Report on the cholera epidemic of
Year: 1868
Disease focus: Cholera
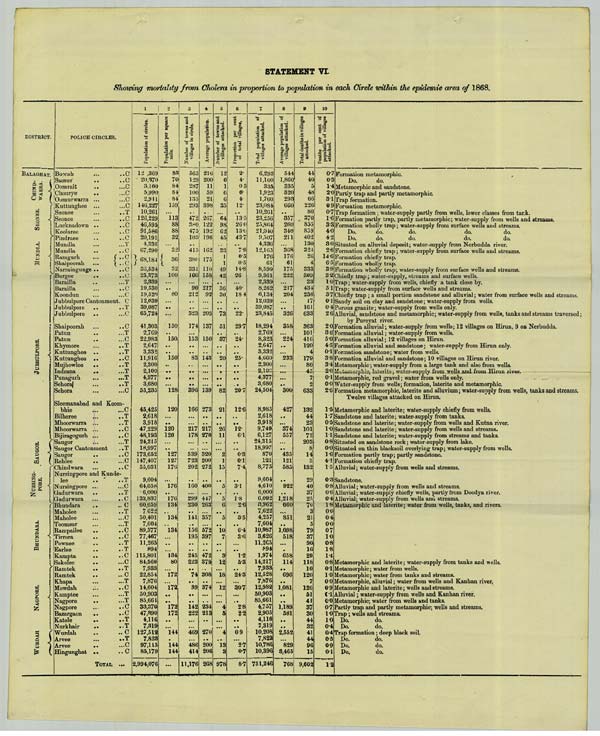
STATEMENT VI.
Showing mortality from Cholera in proportion to population in each Circle within the epidemic area of 1868.
DISTRICT.
BALAGHAT.
CHINDWARRA.
JUBBULOPORE.
POLICE CIRCLES.
Boorah
C
Saosur
C
Oomrait
C
Chourye
C
Oomurwarra
C
Kuttunghee
C
Seonee
T
SEONEE. Seonee
C
Lucknadown
C
Keolaree
C
Pindraee
C
Mundla
T
MUNDLA. Mundla
C
Ramgurh
C
Shaipoorah
C
Narraingunge
C
Burgee
C
Barailla
T
Barailla
C
Koondun C
Jubbulpore Cantonment C
Jubbulpore
T
Jubbulpore
C
Shaipoorah
C
Patun
T
Patun
C
Khymore
T
Kuttunghee
T
Kuttunghee
C
Mujhowlee
T
Indrana
T
Punagurh
T
Sehora
T
Sehora
C
Sleemanabad and Koombhie
C
Bilheree
T
Mhoorwarra
T
Mhoorwarra
C
Bijiragogurh
C
Saugor
T
Saugor Cantonment
T
SAUGOR. Saugor
C
Rehlee
C
Chindwara
C
Nursingpore and Kundelee
T
NURSINGPORE. Nursingpore
C
Gadurwara
T
Gadurwara
C
Bhundara
C
Maholee
T
Maholee
C
Toomsur
T
BHUNDARA. Rampailee
C
Tirrora
C
Pownee
T
Earlee
T
Kampta
C
Sakolee
C
Ramtek
T
Ramtek
C
Khapa
T
Mowdah
C
Kamptee
T
NAGPORE. Nagpore
T
Nagpore
C
Bazargaon
C
Katole
T
Nurkhair
T
WURDAH. Wurdah
C
Arvee
T
Arvee
C
Hingunghat
C
TOTAL
1
12 ,369
20,370
3,160
5,990
2,911
146,227
10,261
126,229
46,595
91,586
20,191
4,336
67,290
68,184
36,534
25,373
2,339
19,530
19,520
12,039
39,087
65,724
41,303
2,769
22,983
2,647
3,332
11,916
2,300
2,100
4,377
3,680
55,235
45,425
2,618
3,918
47,229
48,193
24,315
18,997
173,652
147,407
55,031
9,604
64,058
6,000
133,837
60,659
7,622
50,401
7,604
89,377
77,467
11,265
894
115,801
84,560
7,933
22,854
7,876
14,604
50,903
85,661
33,370
47,390
4,116
7,319
127,512
7,823
97,115
85,179
2,994,076
2
83
70
84
84
84
159
113
88
88
32
32
36
32
100
80
150
150
150
128
120
120
120
127
127
176
176
176
134
134
134
134
80
172
172
172
172
144
144
144
3
565
129
287
100
135
293
472
380
475
103
415
380
331
160
90
212
323
174
153
83
396
166
217
178
539
723
202
160
299
230
141
156
195
245
223
74
39
142
222
469
486
414
11,176
4
Population of circles. Population per square mile. Number of towns and villages in circle. Average population. Number of towns and villages attacked. Proportion per cent of total villages. Total population of villages attacked. Average population of villages attacked. Total deaths in villages attacked. Deaths per cent of population of villages attacked.
216
200
11
59
21
398
267
122
192
196
162
175
110
158
217
92
203
137
150
143
139
273
217
270
320
200
272
400
447
263
357
572
397
472
379
308
374
234
213
270
200
206
268
5
12
6
1
6
6
35
64
98
62
45
33
1
1
49
42
36
30
73
51
37
20
82
21
26
11
2
1
15
5
5
6
5
10
7
3
12
18
12
4
5
4
13
3
978
6
2.
4.
0.3
6.
4.
12.
13.5
26.0
13.0
43.7
7.9
0.5
0.5
14.8
26.
40.
18.4
22.
29.7
24.
25.
20.7
12.6
12.
6.1
0.3
0.1
7.4
3.1
1.8
2.6
3.5
6.4
3.6
1.2
5.3
24.3
30.7
2.8
2.2
0.9
2.7
0.7
8.7
7
6,293
11,160
335
1,923
1,760
23,084
10,261
23,256
25,864
21,040
9,507
4,336
12,163
176
61
8,590
9,361
2,339
8,262
6,134
12,039
39,087
23,845
18,294
2,769
8,323
2,647
3,332
4,660
2,300
2,100
4,377
3,680
24,504
8,985
2,618
3,918
9,749
6,127
24,315
18,997
870
121
8,775
9,604
4,610
6,000
6,092
3,962
7,622
4,257
7,604
10,987
3,626
11,265
894
1,974
14,217
7,933
12,528
7,876
12,982
50,903
85,661
4,757
2,905
4,116
7,319
10,208
7,823
10,786
10,396
751,246
8
544
1,860
335
320
293
660
357
260
340
211
368
176
61
175
222
217
204
326
358
224
233
300
427
374
557
435
121
585
922
1,218
660
851
1,098
518
658
114
696
1,081
1,189
581
2,552
829
3,465
768
9
44
40
5
48
66
226
80
370
855
859
402
130
324
26
4
333
309
23
434
236
17
161
633
363
101
416
120
4
179
80
45
7
2
633
132
44
23
101
72
203
8
14
5
132
29
40
37
25
70
3
21
5
79
37
90
16
29
118
10
120
7
126
51
41
37
30
44
32
41
44
96
15
9,602
10
0.7
0.3
1.4
2.0
3.1
0.9
0.7
1.6
3.3
4.0
4.2
3.0
2.6
14.6
6.5
3.9
3.2
1.0
5.1
3.7
0.1
0.4
2.6
2.0
3.6
5.0
4.5
0.1
3.8
3.4
2.0
0.1
0.0
2.6
1.5
1.7
0.5
1.0
1.1
0.8
0.0
1.6
4.1
1.5
0.3
0.8
0.6
0.4
1.8
0.0
0.4
0.0
0.7
1.0
0.8
1.8
1.4
0.8
0.1
1.0
0.0
0.9
0.1
0.0
0.7
1.0
1.0
0.4
0.4
0.5
0.9
0.1
1.2
Formation metamorphic.
Do.
do.
Metamorphic and sandstone.
Partly trap and partly metamorphic.
Trap formation.
Formation metamorphic.
Trap formation; water-supply partly from wells, lower classes from tank.
Formation partly trap, partly metamorphic; water-supply from wells and streams.
Formation wholly trap; water-supply from surface wells and streams.
Do.
do.
do.
do.
do.
Do.
do.
do.
do.
do.
Situated on alluvial deposit; water-supply from Nerbudda river.
Formation chiefly trap; water-supply from surface wells and streams.
Formation chiefly trap.
Formation wholly trap.
Formation wholly trap; water-supply from surface wells and streams.
Chiefly trap; water-supply, streams and surface wells.
Trap; water-supply from wells, chiefly a tank close by.
Trap; water-supply from surface wells and streams.
Chiefly trap; a small portion sandstone and alluvial; water from surface wells and streams.
Sandy soil on clay and sandstone; water-supply from wells.
Porous granite; water-supply from wells only.
Alluvial, sandstone and metamorphic; water-supply from wells, tanks and streams traversed;
by Pureyat river.
Formation alluvial; water-supply from wells; 12 villages on Hirun, 9 on Nerbudda.
Formation alluvial; water-supply from wells.
Formation alluvial; 12 villages on Hirun.
Formation alluvial and sandstone; water-supply from Hirun only.
Formation sandstone; water from wells.
Formation alluvial and sandstone; 10 villages on Hirun river.
Metamorphic; water-supply from a large tank and also from wells.
Metamorphic, laterite; water-supply from wells and from Hirun river.
Metamorphic, red gravel; water from wells only.
Water-supply from wells; formation, laterite and metamorphic.
Formation metamorphic, laterite and alluvium; water-supply from wells, tanks and streams.
Twelve villages attacked on Hirun.
Metamorphic and laterite; water-supply chiefly from wells.
Sandstone and laterite; water-supply from tanks.
Sandstone and laterite; water-supply from wells and Kutna river.
Sandstone and laterite; water-supply from wells and streams.
Sandstone and laterite; water-supply from streams and tanks.
Situated on sandstone rock; water-supply from lake.
Situated on thin blacksoil overlying trap; water-supply from wells.
Formation partly trap; partly sandstone.
Formation chiefly trap.
Alluvial; water-supply from wells and streams.
Sandstone.
Alluvial; water-supply from wells and streams.
Alluvial; water-supply chiefly wells, partly from Doodya river.
Alluvial; water-supply from wells and streams.
Metamorphic and laterite; water from wells, tanks, and rivers.
Metamorphic and laterite; water-supply from tanks and wells.
Metamorphic; water from wells.
Metamorphic; water from tanks and streams.
Metamorphic, alluvial; water from wells and Kanhan river.
Metamorphic and laterite; wells and streams.
Alluvial; water-supply from wells and Kanhan river.
Metamorphic; water from wells and tanks.
Partly trap and partly metamorphic; wells and streams.
Trap; wells and streams.
Do.
do.
Do.
do.
Trap formation; deep black soil.
Do.
do.
Do.
do.
Do.
do.